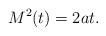
LaTeX: \begin{align*}M^2(t)=2a t.\end{align*}